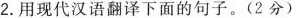
2.用现代汉语翻译下面的句子。